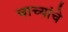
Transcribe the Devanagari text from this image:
चाच्यांचे